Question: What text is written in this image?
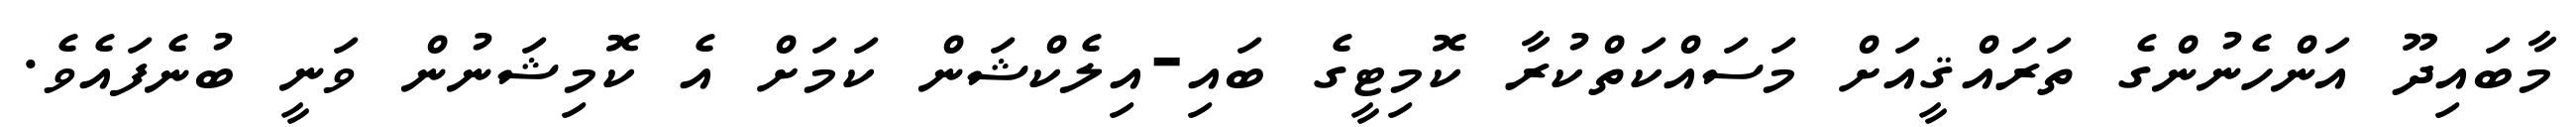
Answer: މާބައިދޫ އަންހެނުންގެ ތަރައްޤީއަށް މަސައްކަތްކުރާ ކޮމިޓީގެ ބައި-އިލެކްޝަން ކަމަށް އެ ކޮމިޝަނުން ވަނީ ބުނެފައެވެ.